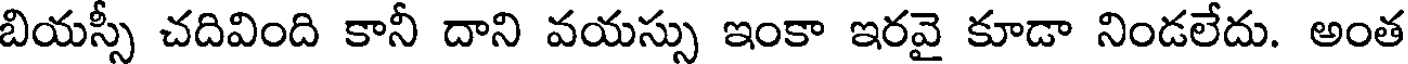
బియస్సీ చదివింది కానీ దాని వయస్సు ఇంకా ఇరవై కూడా నిండలేదు. అంత